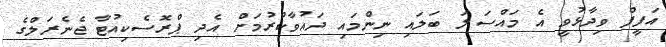
އަފީފް ވިދާޅުވީ އެ މައްސަލަ ބަލައި ނިންމައި ދައުވާކުރުމަށް އެދި ޕްރޮސެކިއުޓާ ޖެނެރަލްގެ